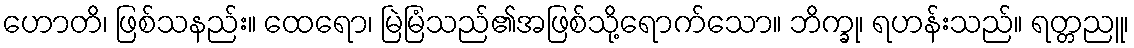
ဟောတိ၊ ဖြစ်သနည်း။ ထေရော၊ မြဲမြံသည်၏အဖြစ်သို့ရောက်သော။ ဘိက္ခု၊ ရဟန်းသည်။ ရတ္တညူ၊